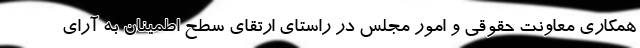
همکاری معاونت حقوقی و امور مجلس در راستای ارتقای سطح اطمینان به آرای